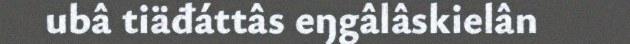
ubâ tiäđáttâs eŋgâlâskielân